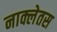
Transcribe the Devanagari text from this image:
नाक्लेतस